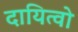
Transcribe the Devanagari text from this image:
दायित्वो